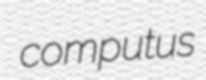
computus